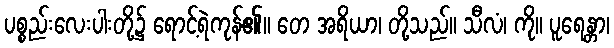
ပစ္စည်းလေးပါးတို့၌ ရောင့်ရဲကုန်၏။ တေ အရိယာ၊ တို့သည်။ သီလံ၊ ကို။ ပူရေန္တာ၊